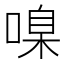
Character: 𠹑